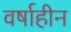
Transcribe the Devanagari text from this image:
वर्षाहीन